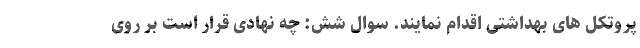
پروتکل های بهداشتی اقدام نمایند. سوال شش: چه نهادی قرار است بر روی